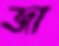
জা